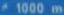
1000 m